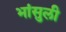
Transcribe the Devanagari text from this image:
भांसुली